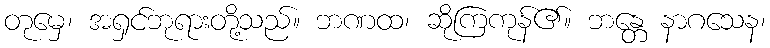
တုမှေ၊ အရှင်ဘုရားတို့သည်။ ဘဏထ၊ ဆိုကြကုန်၏။ ဘန္တေ နာဂသေန၊